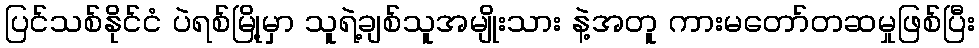
ပြင်သစ်နိုင်ငံ ပဲရစ်မြို့မှာ သူရဲ့ချစ်သူအမျိုးသား နဲ့အတူ ကားမတော်တဆမှုဖြစ်ပြီး